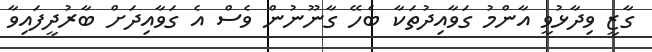
ގާޒީ ވިދާޅުވީ އާންމު ގަވާއިދުތަކާ ބެހޭ ގާނޫނުން ވެސް އެ ގަވާއިދަށް ބާރުދީފައިވާ